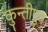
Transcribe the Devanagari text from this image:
कुन्तीपुत्र